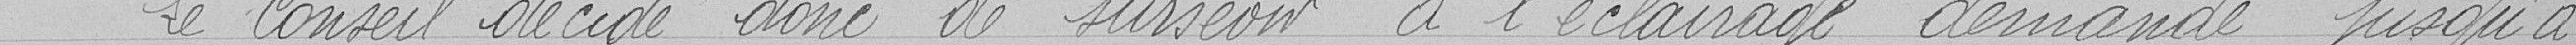
Le Conseil décide donc de surseoir à l'éclairage demandé jusqu'à